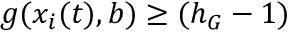
g ( x _ { i } ( t ) , b ) \geq ( h _ { G } - 1 )